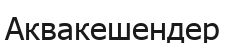
Аквакешендер